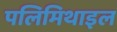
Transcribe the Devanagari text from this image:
पलिमिथाइल